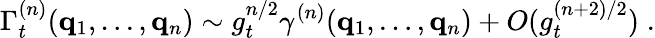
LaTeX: \Gamma_{t}^{(n)}({\mathbf{q}}_{1},\ldots,{\mathbf{q}}_{n})\sim g_{t}^{n/2}\gamma^{(n)}({\mathbf{q}}_{1},\ldots,{\mathbf{q}}_{n})+O(g_{t}^{(n+2)/2})\; .